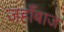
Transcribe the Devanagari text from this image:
जहाँबाज